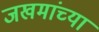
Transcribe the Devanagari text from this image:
जखमांच्या